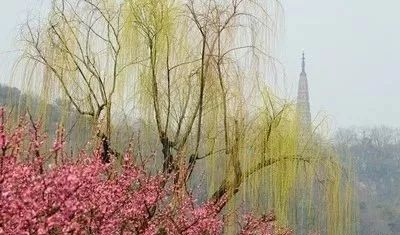
长条别有风流处，密映钱塘苏小家。